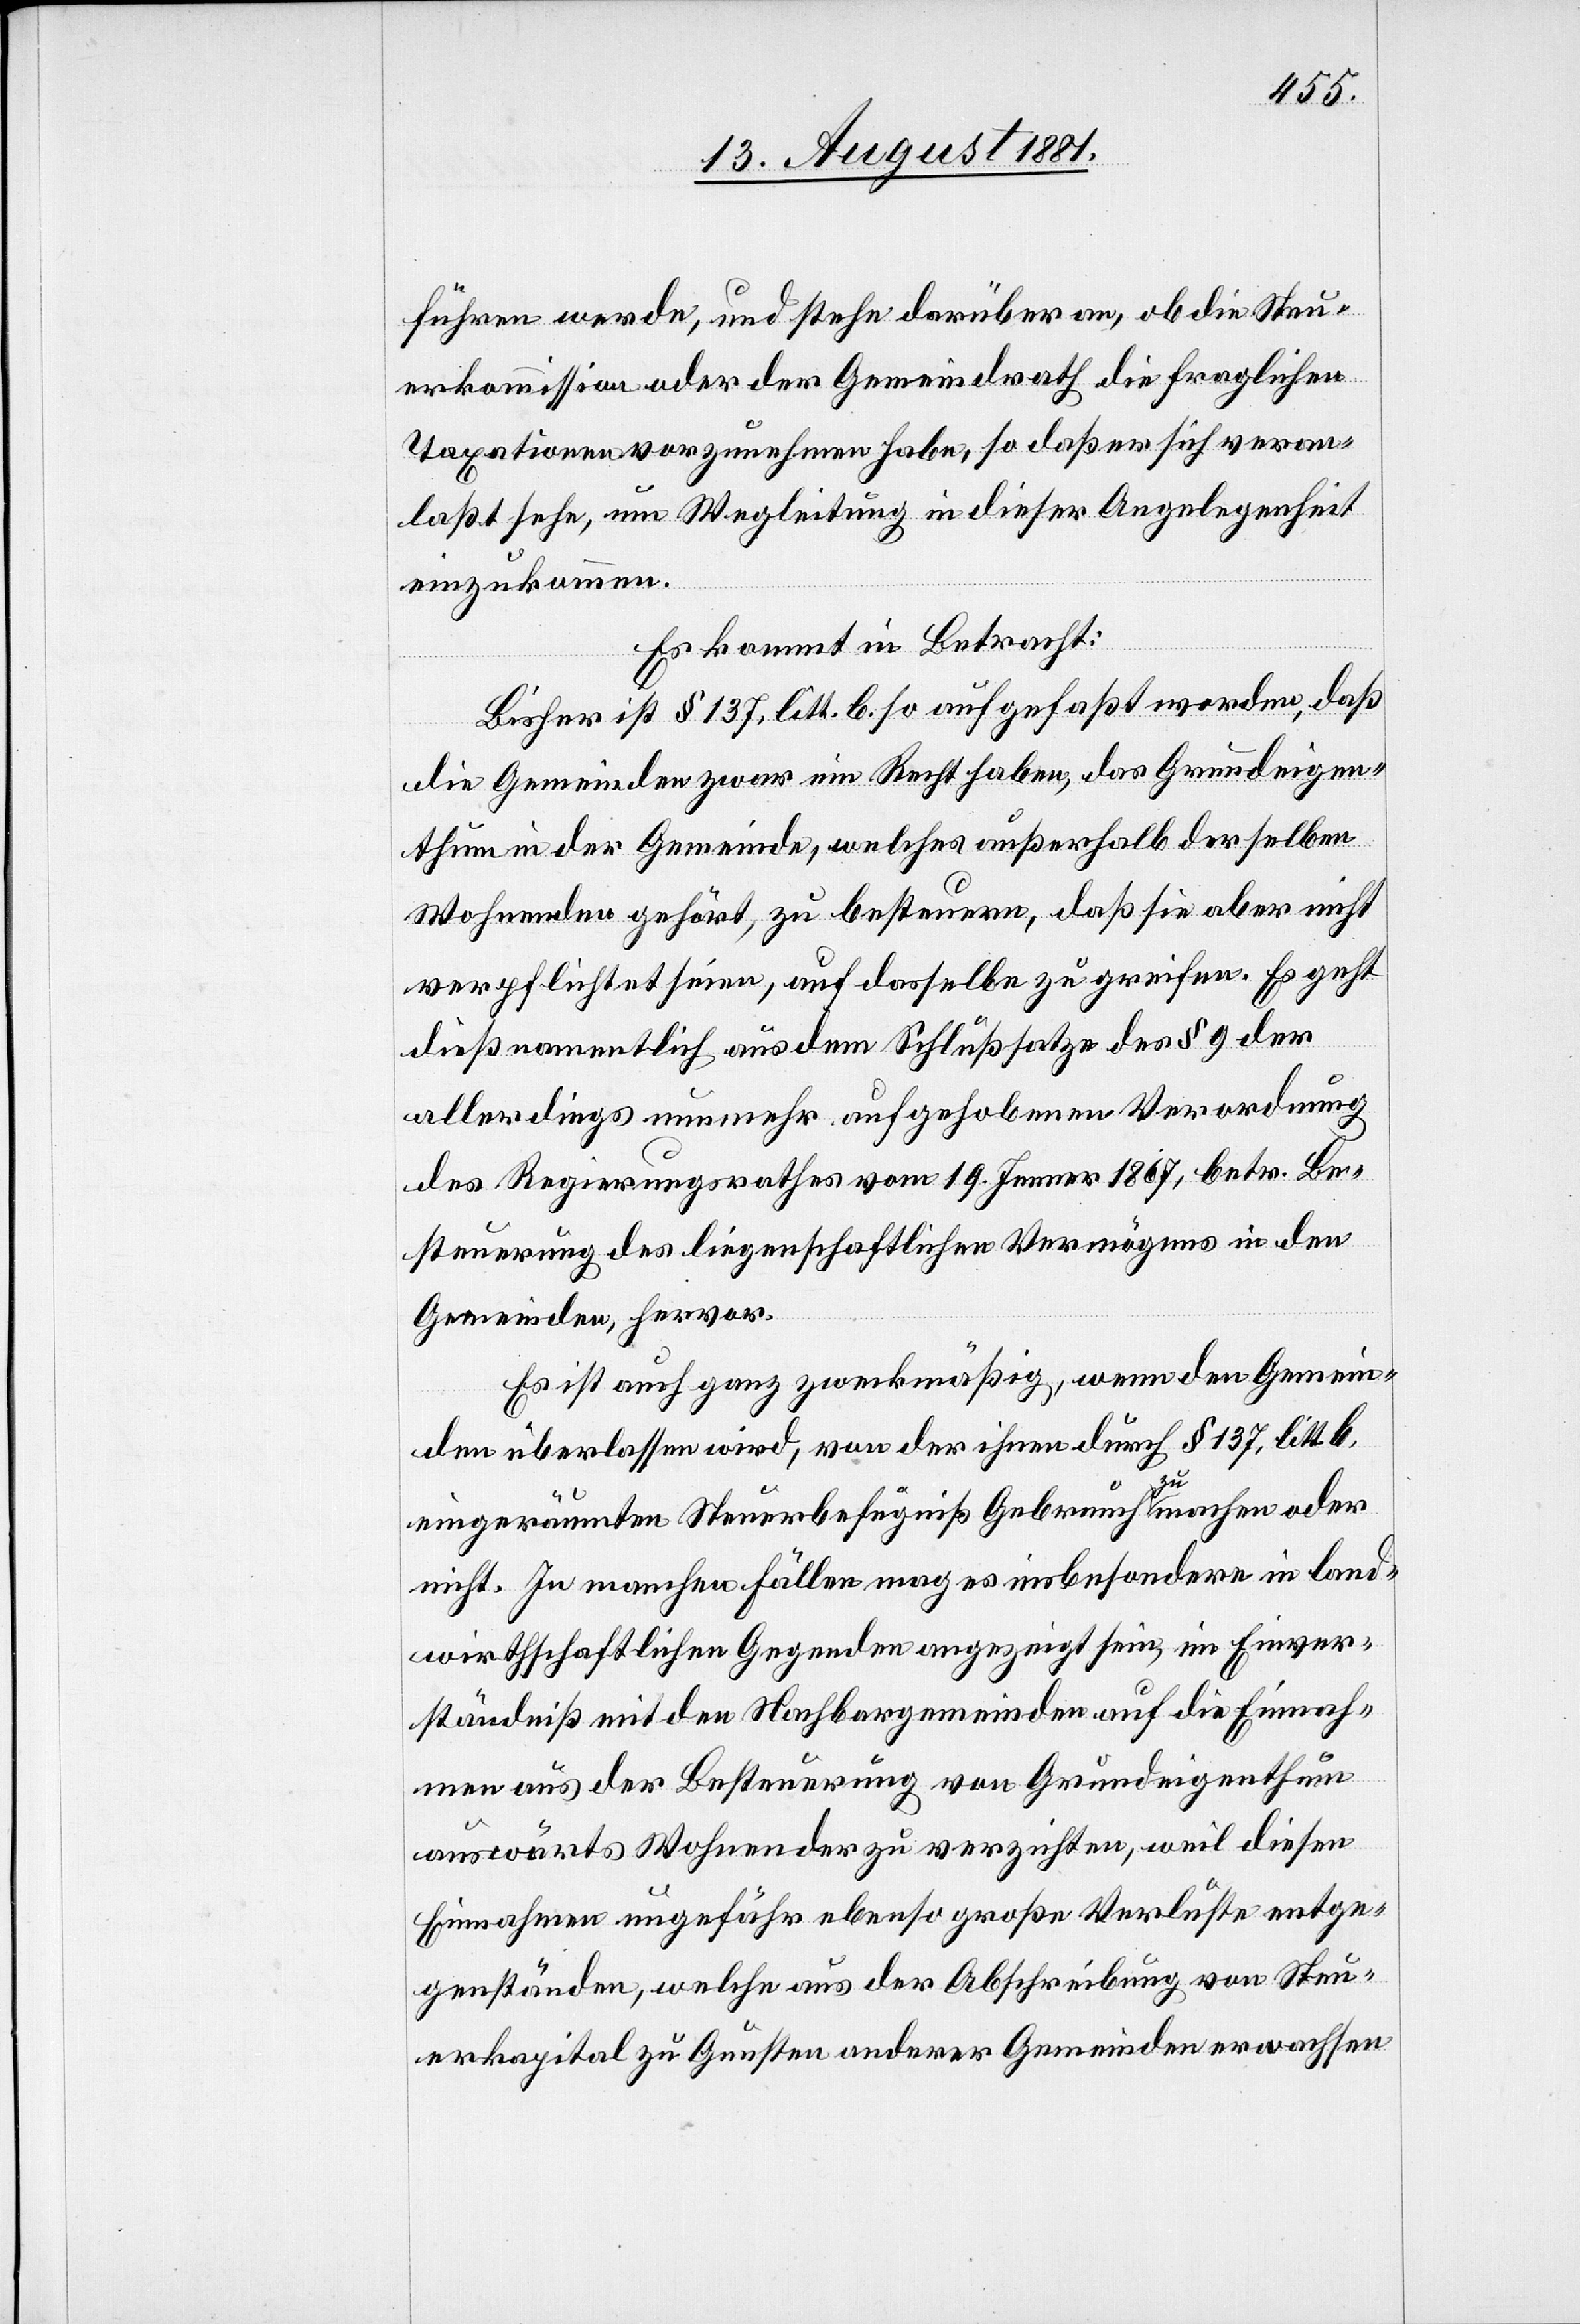
führen werde, und stehe darüber an, ob die Steu¬
erkommission oder der Gemeindrath die fraglichen
Taxationen vorzunehmen habe, so daß er sich veran¬
laßt sehe, um Wegleitung in dieser Angelegenheit
einzukommen.
Es kommt in Betracht:
Bisher ist § 137, litt. b. so aufgefaßt worden, daß
die Gemeinden zwar ein Recht haben, das Grundeigen¬
thum in der Gemeinde, welches außerhalb derselben
Wohnenden gehört, zu besteuern, daß sie aber nicht
verpflichtet seien, auf dasselbe zu greifen. Es geht
dieß namentlich aus dem Schlußsatze des § 9 der
allerdings nunmehr aufgehobenen Verordnung
des Regierungsrathes vom 19. Jenner 1867, betr. Be¬
steuerung des liegenschaftlichen Vermögens in den
Gemeinden, hervor.
Es ist auch ganz zweckmäßig, wenn den Gemein¬
den überlassen wird, von der ihnen durch § 137, litt. b.
eingeräumten Steuerbefugniß Gebrauch zu machen oder
nicht. In manchen Fällen mag es insbesondere in land¬
wirthschaftlichen Gegenden angezeigt sein, im Einver¬
ständniß mit den Nachbargemeinden auf die Einnah¬
men aus der Besteuerung von Grundeigenthum
auswärts Wohnender zu verzichten, weil diese
Einnahmen ungefähr ebenso große Verluste entge¬
genständen, welche aus der Abschreibung von Steu¬
erkapital zu Gunsten anderer Gemeinden erwachsen